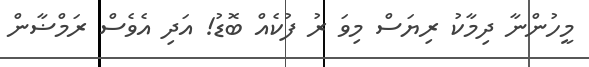
މީހުންނާ ދިމާކު ރިޔަސް މިވަަ ރު ފުކެއް ބޮޑު! އަދި އެވެސް ރަމްޟާން